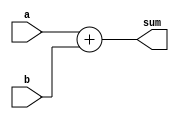

//////////////////////////////////////////////////////////////////////////////////
// Company: 
// 
// Design Name: 
// Module Name: fulladder
// Project Name: 
// Target Devices: 
// Tool Versions: 
// Description: 
// 
// Dependencies: 
// 
// Revision:
// Revision 0.01 - File Created
// Additional Comments:
// 
//////////////////////////////////////////////////////////////////////////////////


module fulladder_RISC(
    input [31:0] a, 
    input [31:0] b, 
    output [31:0] sum
    );
    
    assign sum = a + b;
    
endmodule